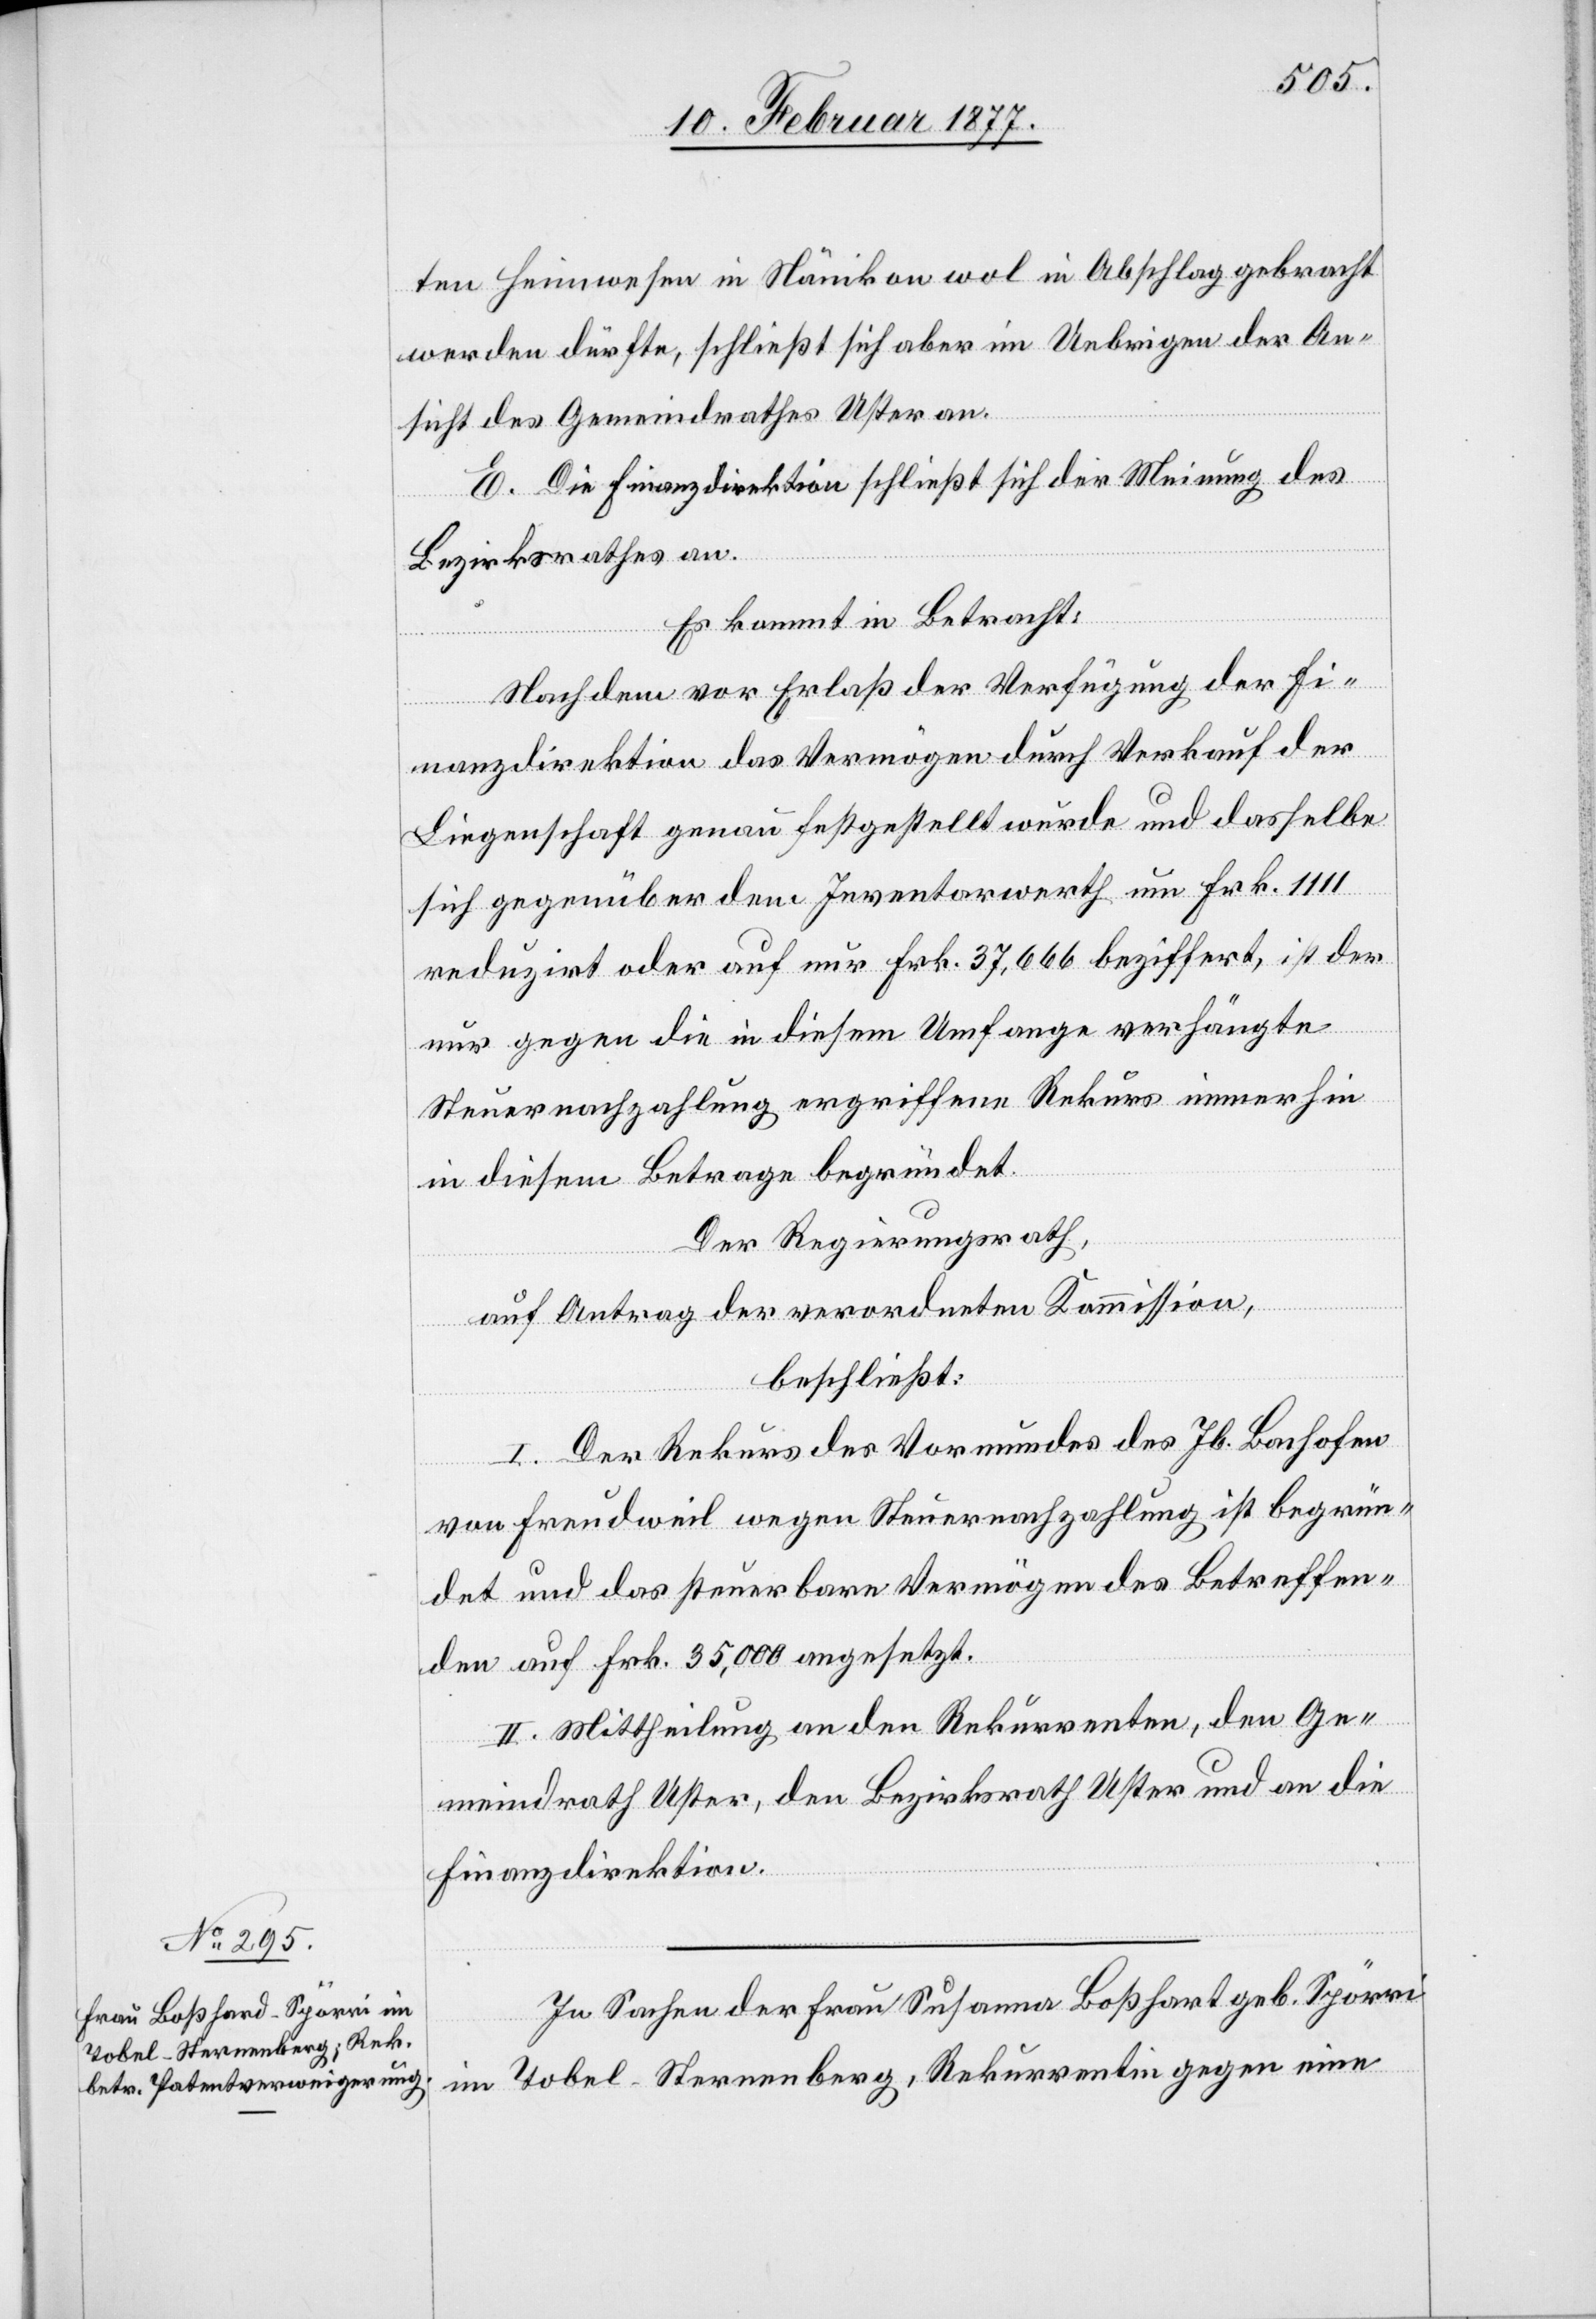
ten Heimwesen in Nänikon wol in Abschlag gebracht
werden dürfte, schließt sich aber im Uebrigen der An¬
sicht des Gemeindrathes Uster an.
E. Die Finanzdirektion schließt sich der Meinung der
Bezirksrathes an.
Es kommt in Betracht:
Nachdem vor Erlaß der Verfügung der Fi¬
nanzdirektion das Vermögen durch Verkauf der
Liegenschaft genau festgestellt wurde und dasselbe
sich gegenüber dem Inventarwerth um Frk. 1111
reduzirt oder auf nur Frk. 37,666 beziffert, ist der
nur gegen die in diesem Umfange verhängte
Steuernachzahlung ergriffene Rekurs immerhin
in diesem Betrage begründet.
Der Regierungsrath,
auf Antrag der verordneten Kommission,
beschließt:
I. Der Rekurs des Vormundes des Jb. Bachofen
von Freudweil wegen Steuernachzahlung ist begrün¬
det und das steuerbare Vermögen des Betreffen¬
den auf Frk. 35,000 angesetzt.
II. Mittheilung an den Rekurrenten, den Ge¬
meindrath Uster, den Bezirksrath Uster und an die
Finanzdirektion.
In Sachen der Frau Susanna Boßhard geb. Spörri
im Tobel - Sternenberg, Rekurrentin gegen eine